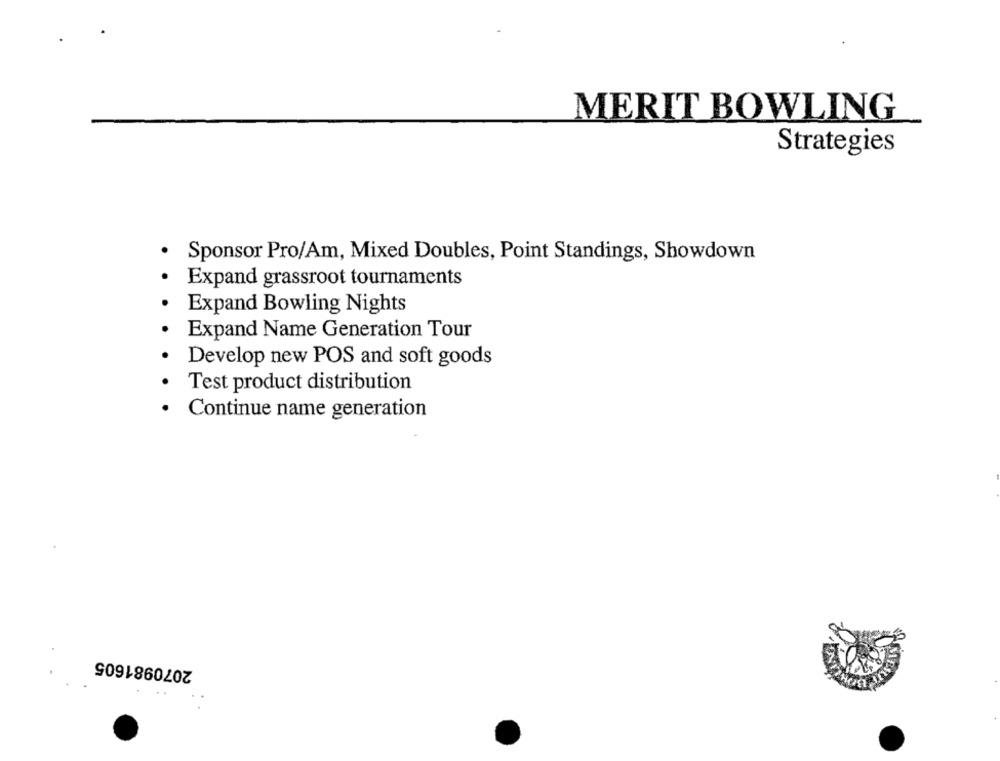
MERIT BOWLING
Strategies
Sponsor Pro/Am, Mixed Doubles, Point Standings, Showdown
Expand grassroot tournaments
Expand Bowling Nights
Expand Name Generation Tour
Develop new POS and soft goods
Test product distribution
.
Continue name generation
2070981605